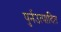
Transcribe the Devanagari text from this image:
पुर्नउत्पादित